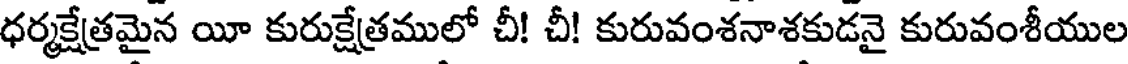
ధర్మక్షేత్రమైన యీ కురుక్షేత్రములో చీ! చీ! కురువంశనాశకుడనై కురువంశీయుల